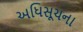
અધિસૂચના